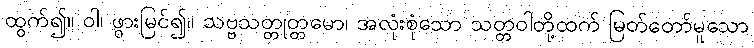
ထွက်၍။ ဝါ၊ ဖွားမြင်၍။ သဗ္ဗသတ္တုတ္တမော၊ အလုံးစုံသော သတ္တဝါတို့ထက် မြတ်တော်မူသော